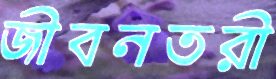
জীবনতরী